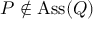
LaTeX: P \not \in \operatorname { A s s } ( Q )